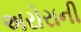
અરોરાની